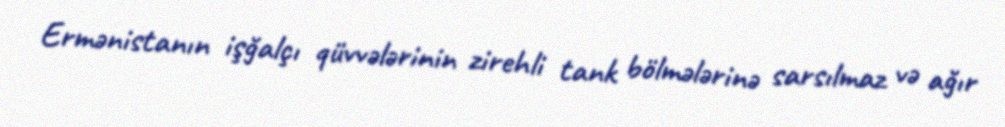
Ermənistanın işğalçı qüvvələrinin zirehli tank bölmələrinə sarsılmaz və ağır